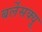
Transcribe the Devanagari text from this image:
बर्लेसक्यू